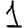
Digit: 1